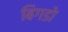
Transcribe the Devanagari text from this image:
बिगडो